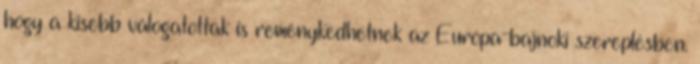
hogy a kisebb válogatottak is reménykedhetnek az Európa-bajnoki szereplésben.